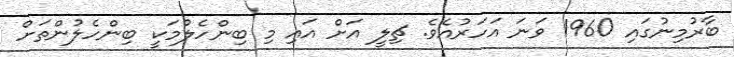
ބާރުމިނުގައި 1960 ވަނަ އަހަރުއެވެ. ޗިލީ އަށް އައި މި ބިންހެލުމަކީ ބިންހެލުންތަށް